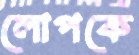
লোপকে